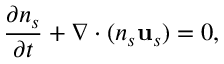
\frac { \partial n _ { s } } { \partial t } + \nabla \cdot ( n _ { s } \mathbf { u } _ { s } ) = 0 ,